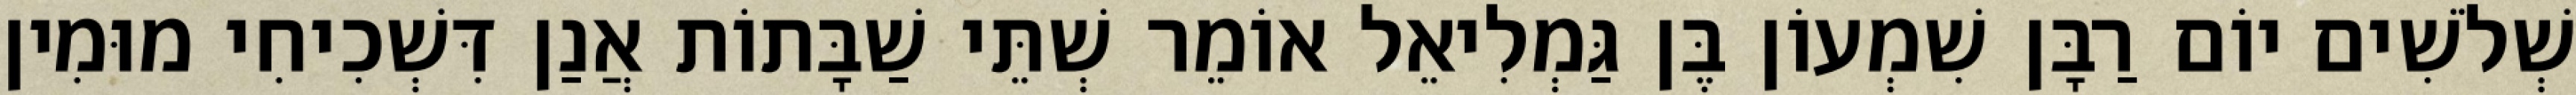
שְׁלֹשִׁים יוֹם רַבָּן שִׁמְעוֹן בֶּן גַּמְלִיאֵל אוֹמֵר שְׁתֵּי שַׁבָּתוֹת אֲנַן דִּשְׁכִיחִי מוּמִין